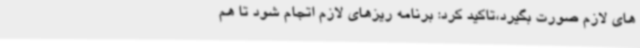
های لازم صورت بگیرد،تاکید کرد: برنامه ریزهای لازم اتجام شود تا هم